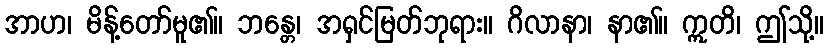
အာဟ၊ မိန့်တော်မူ၏။ ဘန္တေ၊ အရှင်မြတ်ဘုရား။ ဂိလာနာ၊ နာ၏။ ဣတိ၊ ဤသို့။